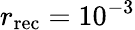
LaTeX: r_{\mathrm{rec}}=10^{-3}